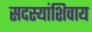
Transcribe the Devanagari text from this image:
सदस्यांशिवाय